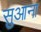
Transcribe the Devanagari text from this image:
सुआना